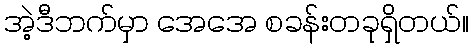
အဲ့ဒီဘက်မှာ အေအေ စခန်းတခုရှိတယ်။